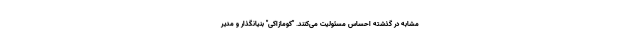
مشابه در گذشته احساس مسئولیت می‌کنند. "کومازاکی" بنیانگذار و مدیر